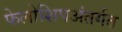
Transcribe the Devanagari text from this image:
फेलोशिपअंतर्गत